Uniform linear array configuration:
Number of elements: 8
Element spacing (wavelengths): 1
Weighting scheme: hamming
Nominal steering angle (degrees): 45
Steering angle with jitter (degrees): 45.642
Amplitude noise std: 0.05
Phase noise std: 0.05

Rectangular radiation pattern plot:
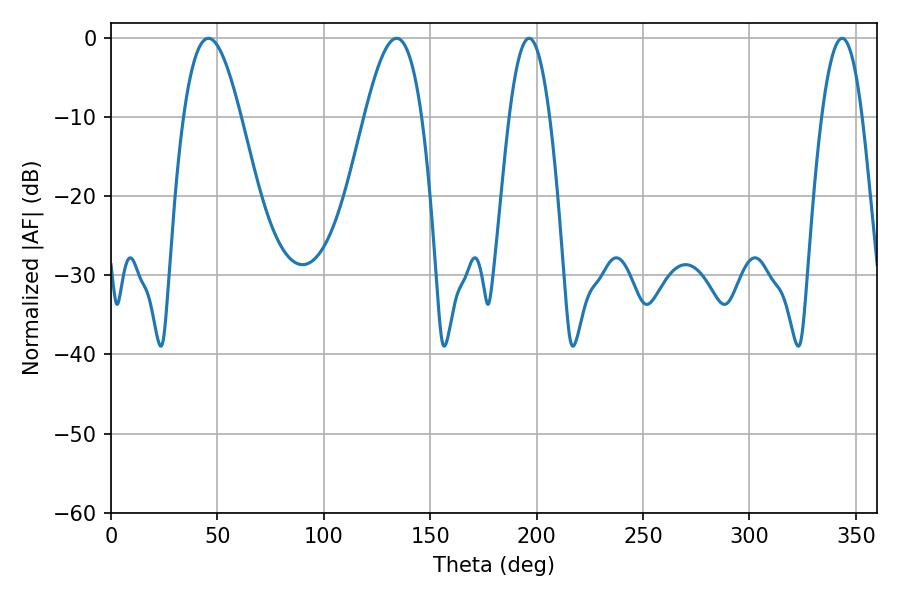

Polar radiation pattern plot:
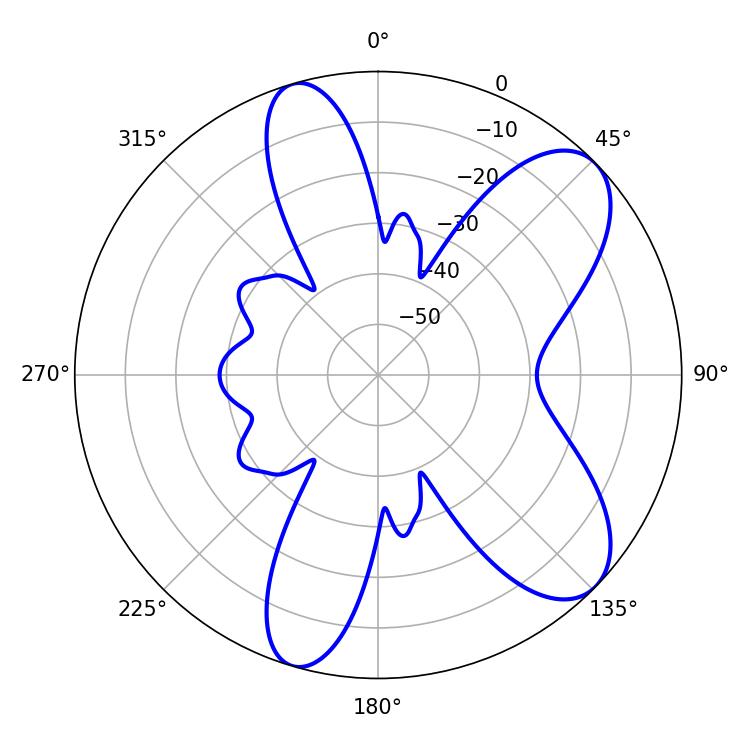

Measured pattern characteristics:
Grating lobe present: TRUE
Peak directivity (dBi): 8.375
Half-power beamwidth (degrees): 14.58
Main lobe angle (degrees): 45.72